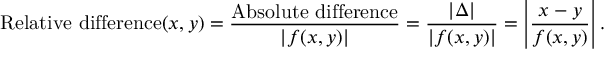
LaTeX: { \mathrm { R e l a t i v e ~ d i f f e r e n c e } } ( x , y ) = { \frac { \mathrm { A b s o l u t e ~ d i f f e r e n c e } } { | f ( x , y ) | } } = { \frac { | \Delta | } { | f ( x , y ) | } } = \left| { \frac { x - y } { f ( x , y ) } } \right| .